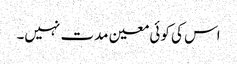
اس کی کوئی معین مدت نہیں۔